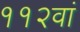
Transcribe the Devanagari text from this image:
११२वां